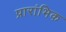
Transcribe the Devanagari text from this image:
प्रारांभिक